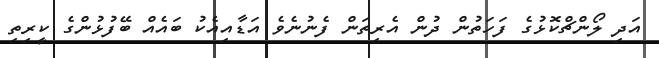
އަދި ލޯންޗްކޮޅުގެ ފަހަތުން ދުން އެރިތަން ފެނުނެވެ އަޑާއިއެކު ބައެއް ބޭފުޅުންގެ ކީރިތި